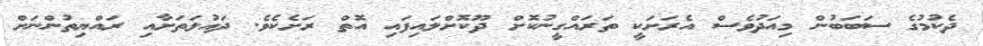
ދެކުމުގެ ސަބަބުން މިއަދުވެސް އެރަށަކީ ތަރައްގީނުކޮށް ދޫކޮށްލައިފައި އޮތް ރަށެކެވެ. ދައުލަތަށާއި ރައްޔިތުންނަށް